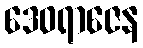
ဒေဝရာဇေန